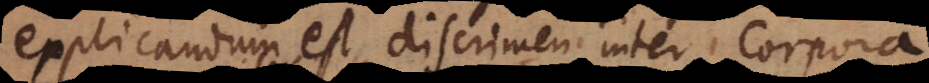
explicandum est discrimen inter Corpora